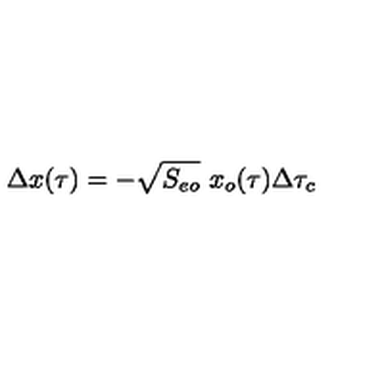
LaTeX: \Delta x ( \tau ) = - \sqrt { S _ { e o } } \ x _ { o } ( \tau ) \Delta \tau _ { c }